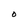
Character: O